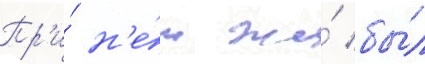
Пр'и́ н'е́м же́ бы́л